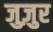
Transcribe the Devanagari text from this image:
जुज़ुर